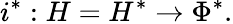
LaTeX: i^{*}:H=H^{*}\to\Phi^{*}.